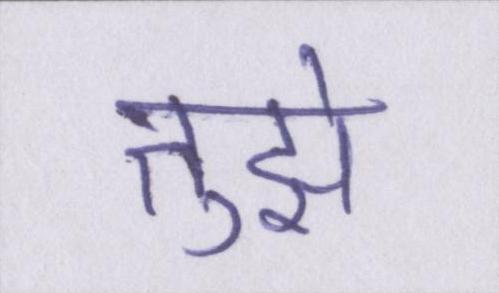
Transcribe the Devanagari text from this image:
तुझे